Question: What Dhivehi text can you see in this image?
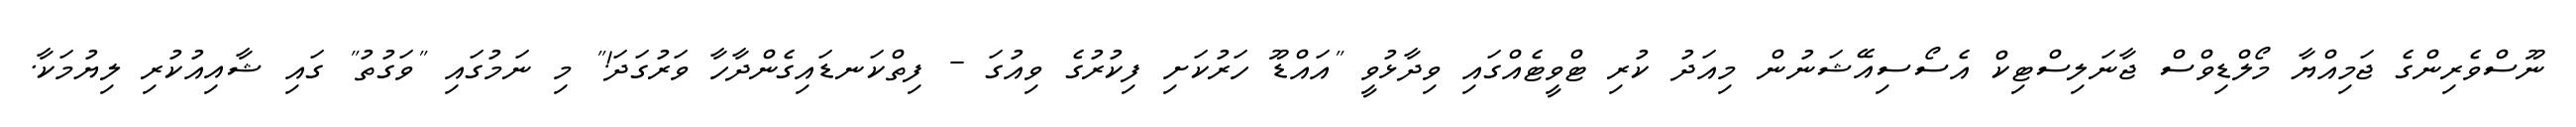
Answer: ނޫސްވެރިންގެ ޖަމިއްޔާ މޯލްޑިވްސް ޖާނަލިސްޓިކް އެސޯސިއޭޝަނުން މިއަދު ކުރި ޓްވީޓެއްގައި ވިދާޅުވީ "އައްޑޫ ހަރުކަށި ފިކުރުގެ ވިއުގަ - ފިތްކަނޑައިގެންދާހާ ވަރުގަދަ!" މި ނަމުގައި "ވަގުތު" ގައި ޝާއިއުކުރި ލިޔުމަކާ.